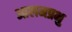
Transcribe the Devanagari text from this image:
आलमप्रभु